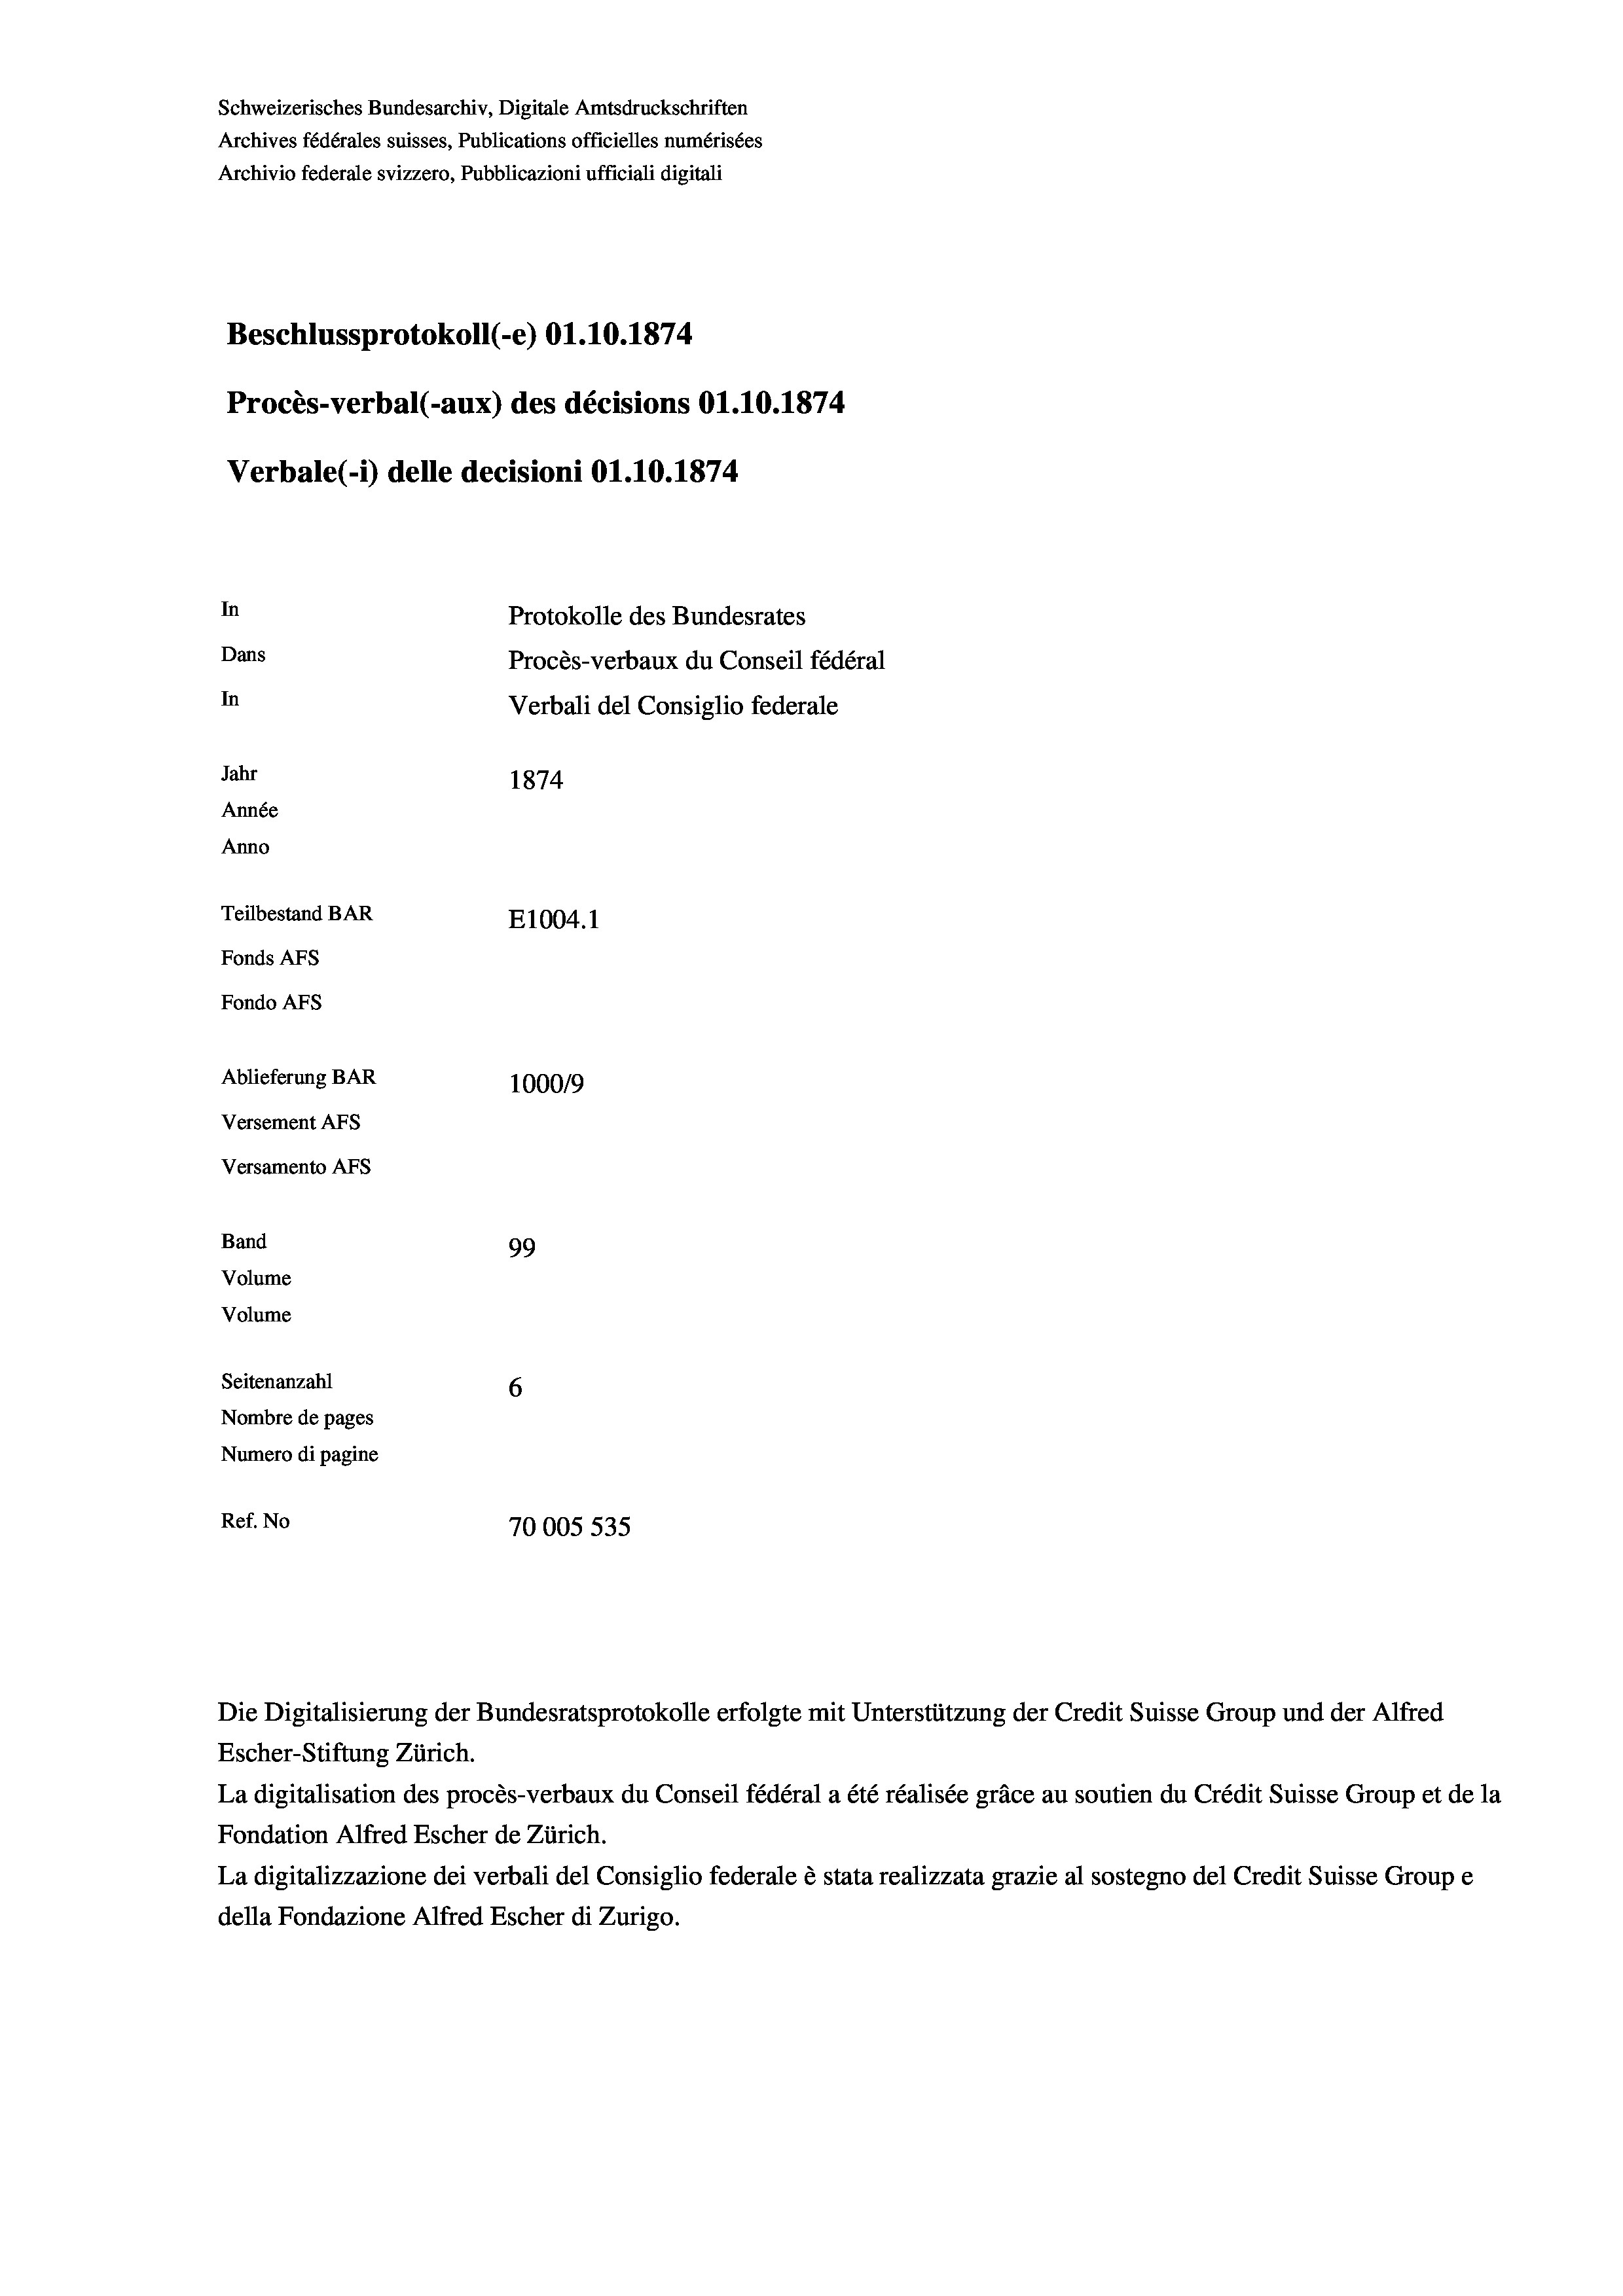
Schweizerisches Bundesarchiv, Digitale Amtsdruckschriften
Archives fédérales suisses, Publications officielles numérisées
Archivio federale svizzero, Pubblicazioni ufficiali digitali
Beschlussprotokoll (-e) O1.10.1874.
Procès-verbal (-aux) des décisions O1.10.1874
Verbale (1) delle decisioni 01.10.1874
In
Protokolle des Bundesrates
Dans
Procès-verbaux du Conseil fédéral
In
Verbali del Consiglio federale
Jahr
1874
Année
Anno
Teilbestand BAR
E1004. 1
Fonds Afs
Fondo AFs
Ablieferung BAR
1000/9
Versement AFS
Versamento Afs
Band
99
Volume
Volume
Seitenanzahl
6
Nombre de pages
Numero di pagine
Ref. No
70005 535

Die Digitalisierung der Bundesratsprotokolle erfolgte mit Unterstützung der Credit Suisse Group und der Alfred
Escher-Stiftung Zürich.
La digitalisation des procès-verbaux du Conseil fédéral a été réalisée gräce au soutien du Crédit Suisse Group et de la
Fondation Alfred Escher de Zürich.
La digitalizzazione dei verbali del Consiglio federale è stata realizzata grazie al sostegno del Credit Suisse Groupe
della Fondazione Alfred Escher di Zurigo.